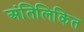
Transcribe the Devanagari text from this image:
अंतिलिकित